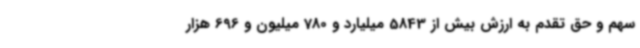
سهم و حق تقدم به ارزش بیش از 5843 میلیارد و 780 میلیون و 696 هزار